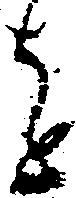
を